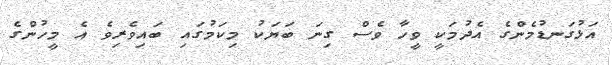
އަޅުގަނޑުމެންގެ އެދުމަކީ ވީހާ ވެސް ގިނަ ބަޔަކު މިކަމުގައި ބައިވެރިވެ އެ މީހުންގެ